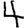
Digit: 4